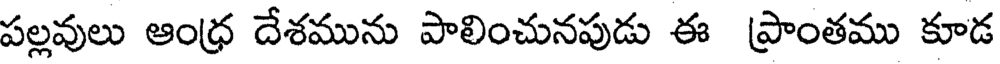
పల్లవులు ఆంధ్ర దేశమును పాలించునపుడు ఈ ప్రాంతము కూడ